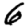
Digit: 6